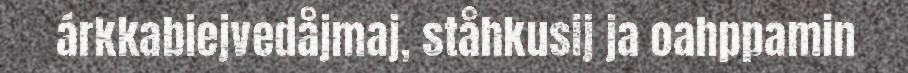
árkkabiejvedåjmaj, ståhkusij ja oahppamin